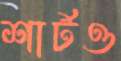
শার্টও